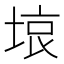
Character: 𭎳